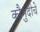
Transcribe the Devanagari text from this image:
कौमुदीचे